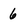
Character: 6